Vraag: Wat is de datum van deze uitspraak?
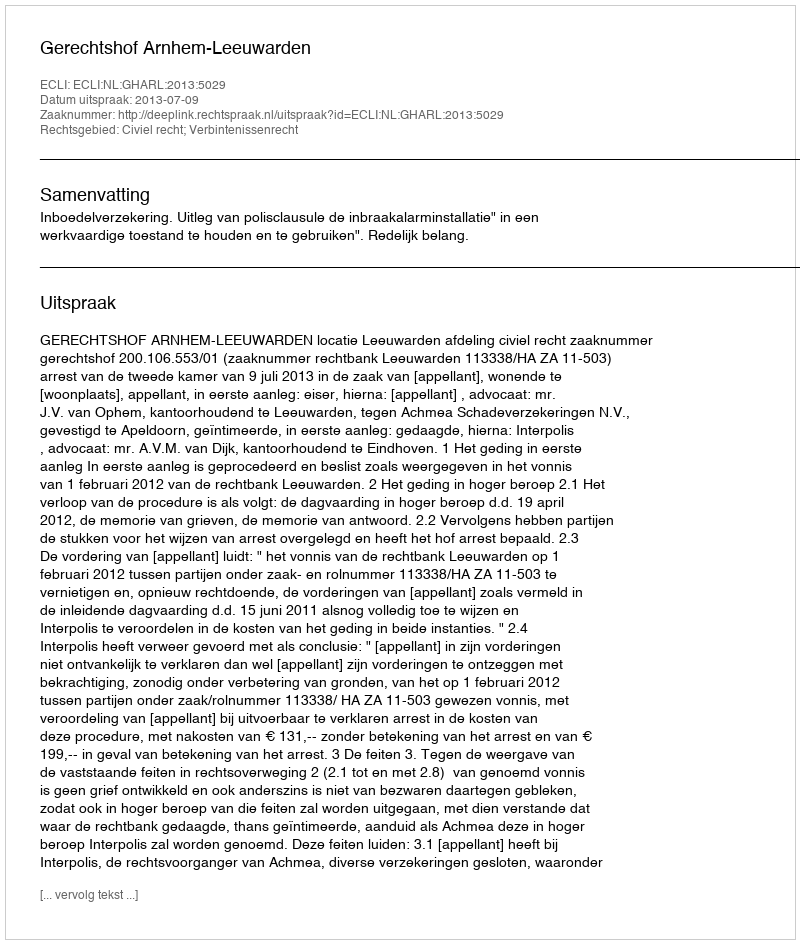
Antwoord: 2013-07-09